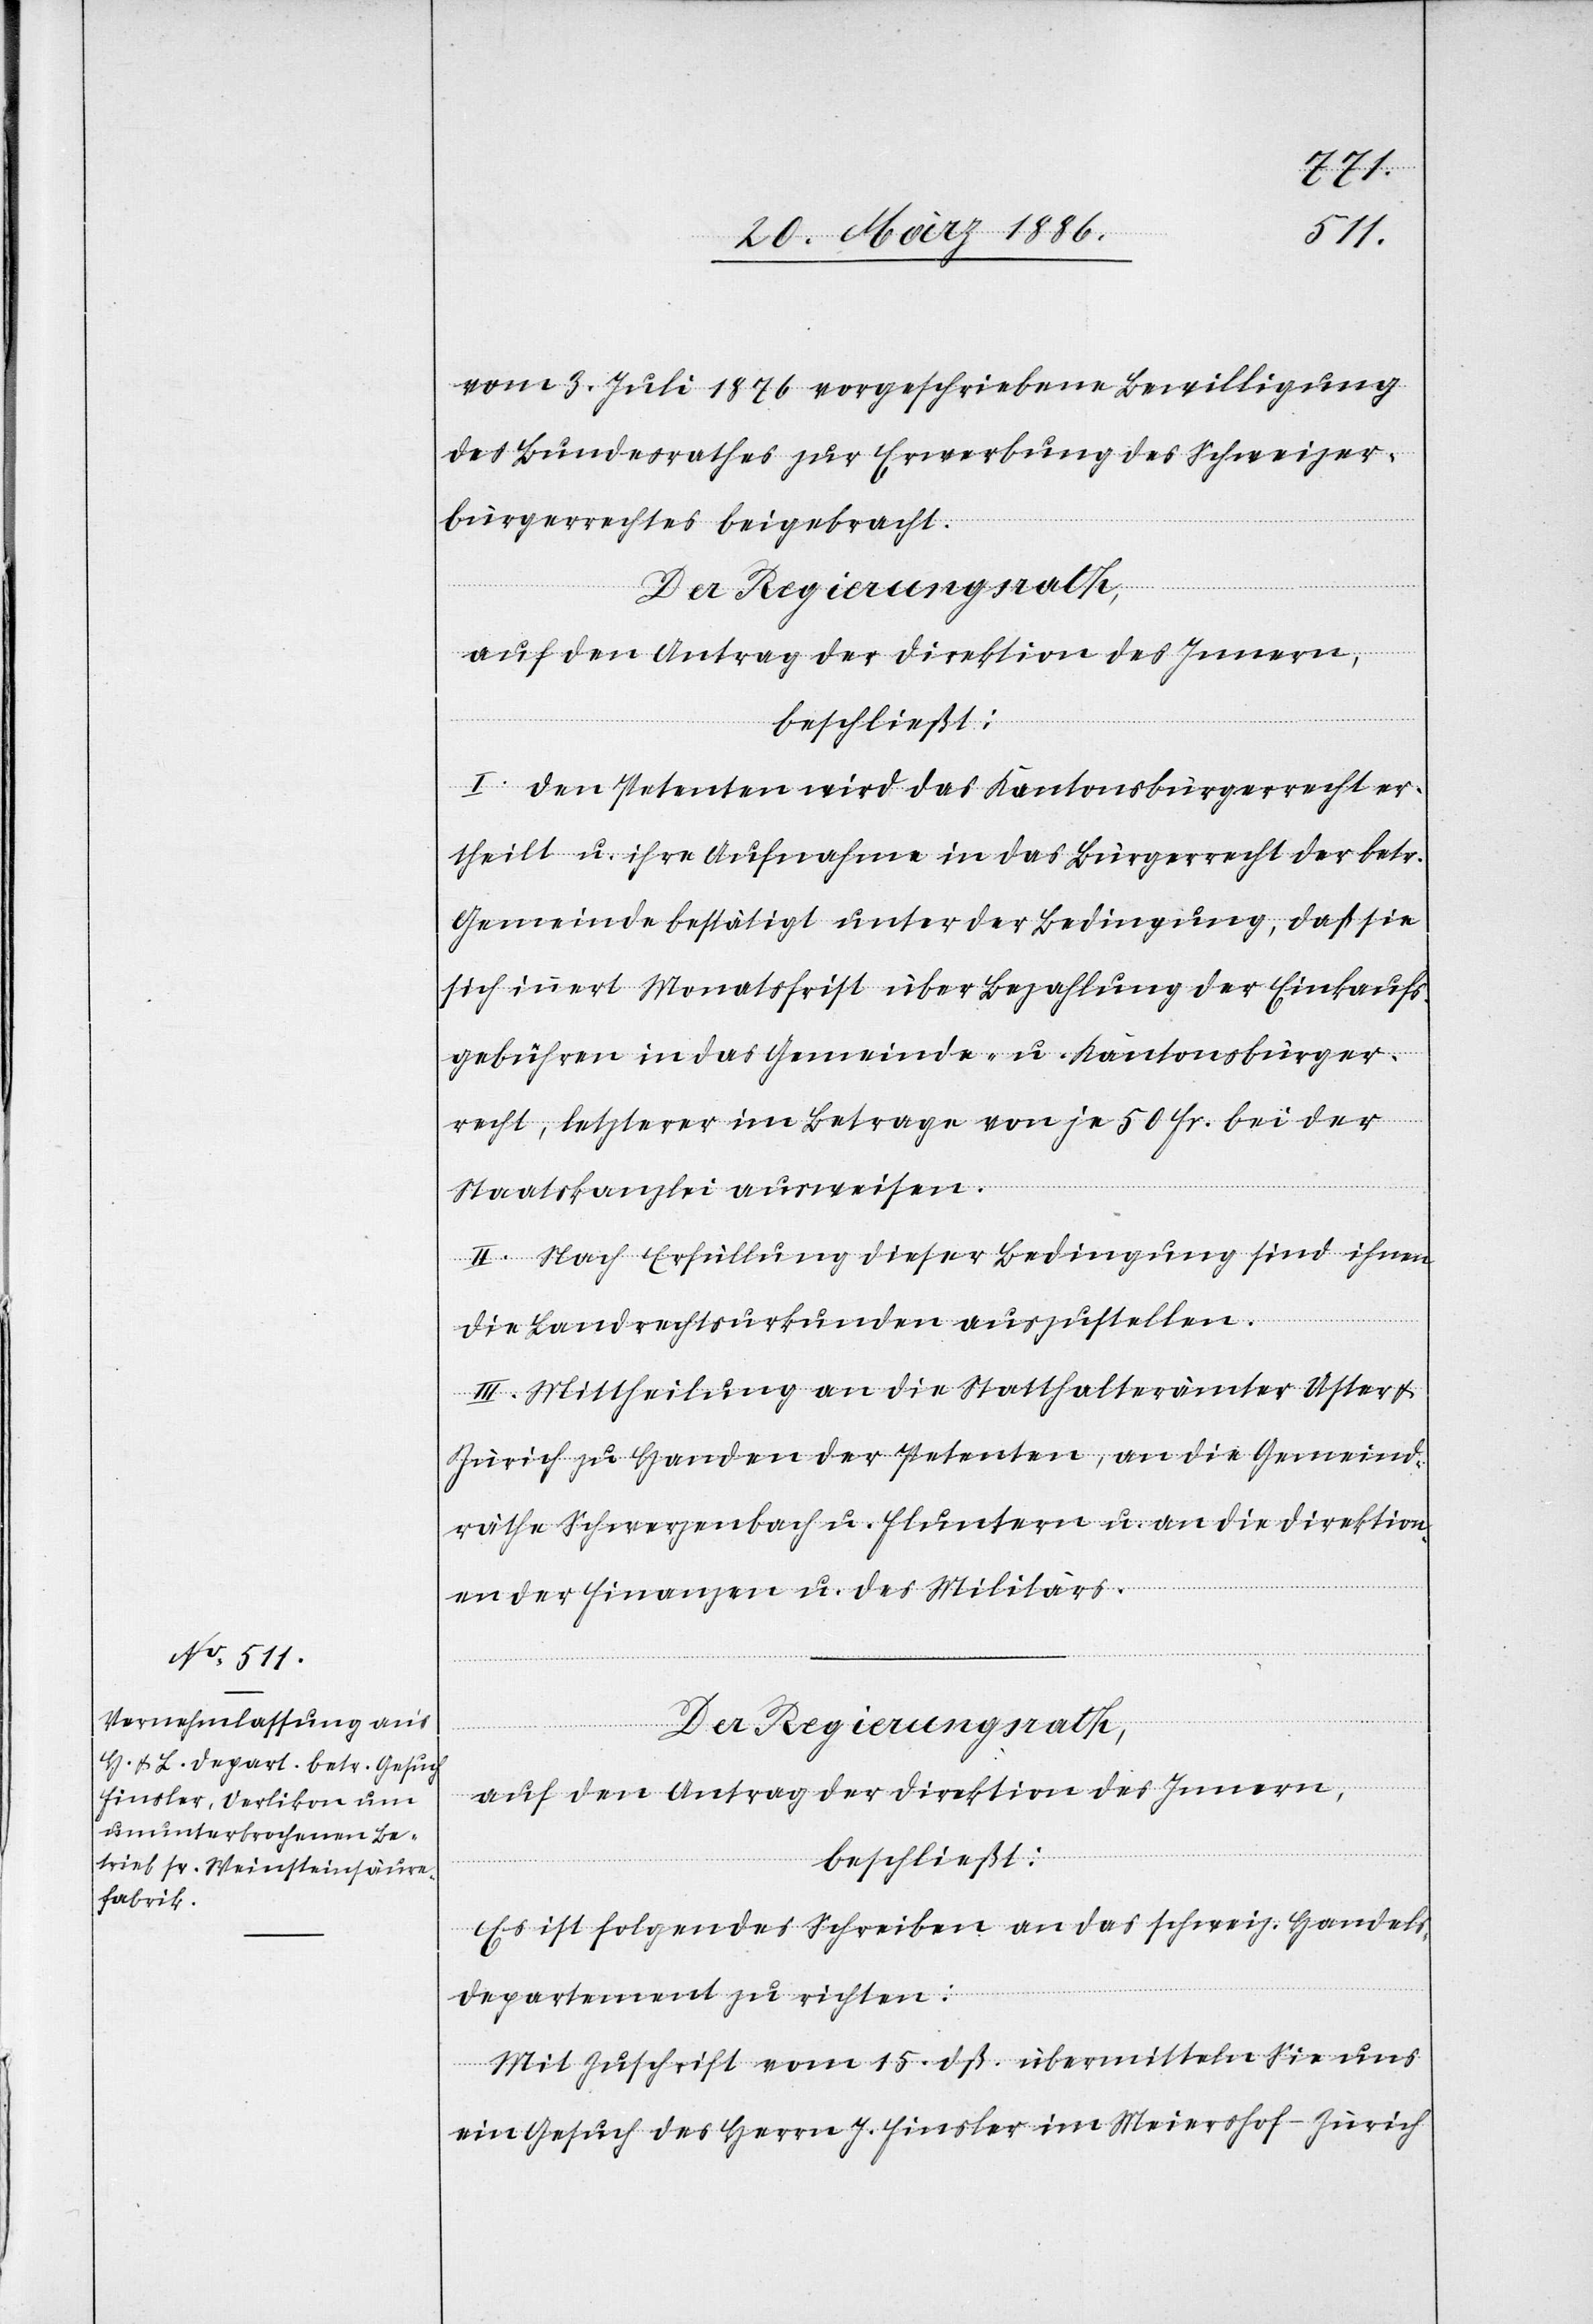
vom 3. Juli 1876 vorgeschriebene Bewilligung
des Bundesrathes zur Erwerbung des Schweizer¬
bürgerrechtes beigebracht.
I. Den Petenten wird das Kantonsbürgerrecht er¬
theilt u. ihre Aufnahme in das Bürgerrecht der betr.
Gemeinde bestätigt unter der Bedingung, daß sie
sich innert Monatsfrist über Bezahlung der Einkaufs¬
gebühren in das Gemeinde- u. Kantonsbürger¬
recht, letzterer im Betrage von je 50 Fr. bei der
Staatskanzlei ausweisen.
II. Nach Erfüllung dieser Bedingung sind ihnen
die Landrechtsurkunden auszustellen.
III. Mittheilung an die Statthalterämter Uster &
Zürich zu Handen der Petenten, an die Gemeind¬
räthe Schwerzenbach u. Fluntern u. an die Direktion¬
en der Finanzen u. des Militärs.
Der Regierungsrath,
auf den Antrag der Direktion des Innern,
beschließt:
Es ist folgendes Schreiben an das schweiz. Handel¬
s-Departement zu richten:
Mit Zuschrift vom 15. dß. übermitteln Sie uns
ein Gesuch des Herrn J. Finsler im Meiershof - Zürich